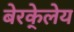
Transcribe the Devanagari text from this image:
बेरके्लेय